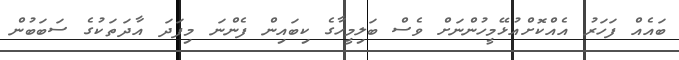
ބައެއް ފަހަރު އެއްކޮށްއުޅޭމީހުންނަށް ވެސް ބަލިމީހާގެ ކިބައިން ފެންނަ މިފަދަ އާދަތަކުގެ ސަބަބުން